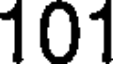
101